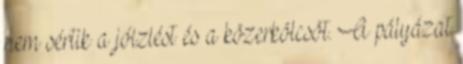
nem sértik a jóizlést és a közerkölcsöt. A pályázat